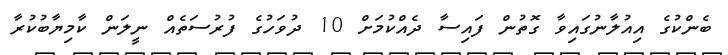
ބެންކުގެ އިއުލާނުގައިވާ ގޮތުން ފައިސާ ދެއްކުމަށް 10 ދުވަހުގެ ފުރުސަތެއް ނީލަން ކާމިޔާބުކުރާ